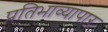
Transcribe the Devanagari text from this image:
प्रतिभाव्यापार